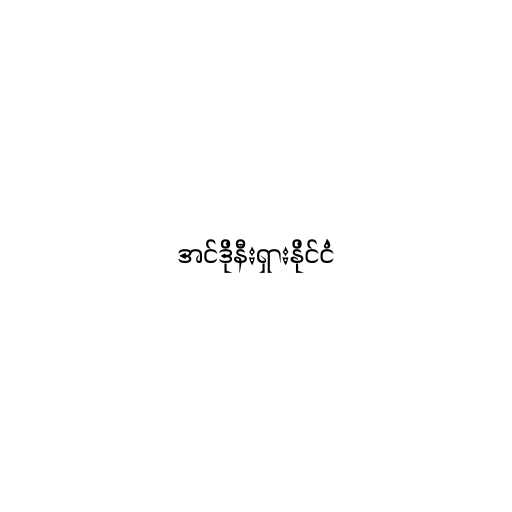
အင်ဒိုနီးရှားနိုင်ငံ